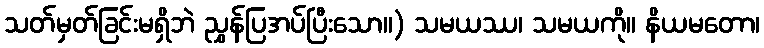
သတ်မှတ်ခြင်းမရှိဘဲ ညွှန်ပြအပ်ပြီးသော။) သမယဿ၊ သမယကို။ နိယမတော၊